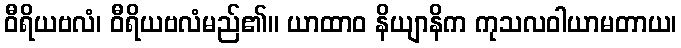
ဝီရိယဗလံ၊ ဝီရိယဗလံမည်၏။ ယာထာဝ နိယျာနိက ကုသလဝါယာမတာယ၊